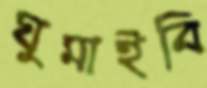
ঘুমাইবি